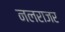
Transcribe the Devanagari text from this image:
नलराजर